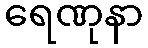
ရေဏုနာ